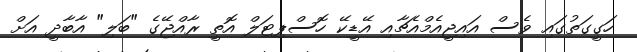
ހަގީގަތުގައި ވެސް އައިޖީއެމްއެޗާއި އޭޑީކޭ ހޮސްޕިޓަލް އޮތީ ރާއްޖޭގެ "ބަލި" އާބާދީ އަށް